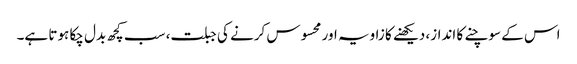
اس کے سوچنے کا انداز، دیکھنے کا زاویہ اور محسوس کرنے کی جبلت، سب کچھ بدل چکا ہوتا ہے۔